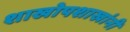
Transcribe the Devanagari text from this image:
शाखोपशाखांनी